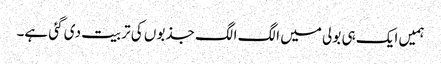
ہمیں ایک ہی بولی میں الگ الگ جذبوں کی تربیت دی گئی ہے۔